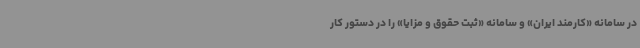
در سامانه «کارمند ایران» و سامانه «ثبت حقوق و مزایا» را در دستور کار